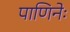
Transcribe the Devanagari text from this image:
पाणिनेः